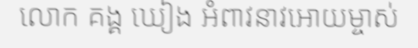
លោក គង្គ ឃៀង អំពាវនាវអោយម្ចាស់